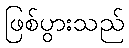
ဖြစ်ပွားသည်